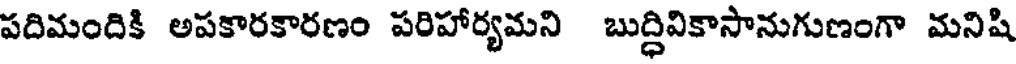
పదిమందికి అపకారకారణం పరిహార్యమని బుద్దివికాసానుగుణంగా మనిషి